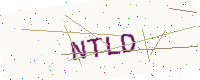
Text: NTLD